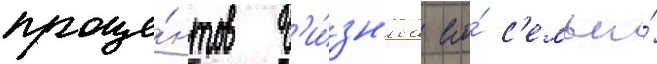
проце́нтов б'и́зн'еса его́ с'емьи́